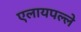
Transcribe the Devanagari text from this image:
एलायपल्ले